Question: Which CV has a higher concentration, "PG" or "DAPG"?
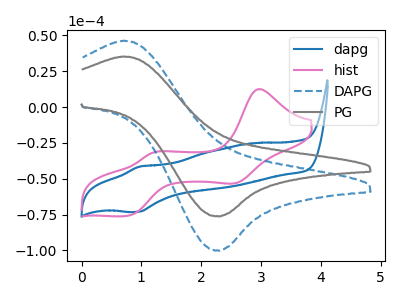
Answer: <think>The blue curve "dapg" has an anodic peak at (0.95V, -41.55uA) and a cathodic peak at (0.95V, -73.00uA). The pink curve "hist" has anodic peaks at (2.95V, 12.55uA) (1.20V, -32.00uA) and cathodic peaks at (2.60V, -52.85uA) (0.80V, -75.80uA). The blue dashed curve "DAPG" has an anodic peak at (0.70V, 46.30uA) and a cathodic peak at (2.30V, -100.25uA). The gray curve "PG" has an anodic peak at (0.70V, 35.25uA) and a cathodic peak at (2.30V, -76.30uA).
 All the peaks in "PG" have a peak in "DAPG" at the same potential. Every peak in "PG" is lower than every peak in "DAPG".</think>
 <answer>"PG" has less signal than "DAPG" and so likely has a lower concentration.</answer>
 <eval>less_concentration</eval>